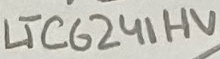
Text: LTC6241HV